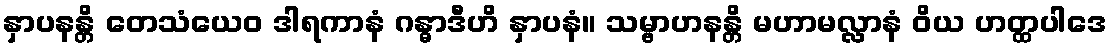
နှာပနန္တိ တေသံယေဝ ဒါရကာနံ ဂန္ဓာဒီဟိ နှာပနံ။ သမ္ဗာဟနန္တိ မဟာမလ္လာနံ ဝိယ ဟတ္ထပါဒေ